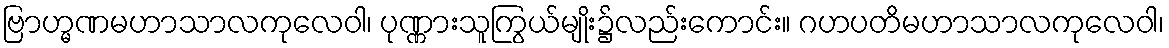
ဗြာဟ္မဏမဟာသာလကုလေဝါ၊ ပုဏ္ဏားသူကြွယ်မျိုး၌လည်းကောင်း။ ဂဟပတိမဟာသာလကုလေဝါ၊